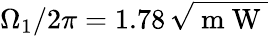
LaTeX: \Omega_{1}/2\pi=1.78\, \sqrt{\mathrm{~m~W~}}